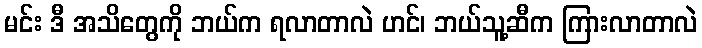
မင်း ဒီ အသိတွေကို ဘယ်က ရလာတာလဲ ဟင်၊ ဘယ်သူ့ဆီက ကြားလာတာလဲ